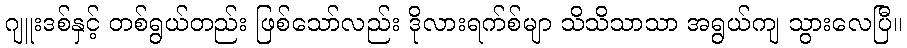
ဂျူးဒစ်နှင့် တစ်ရွယ်တည်း ဖြစ်သော်လည်း ဒိုလားရက်စ်မျာ သိသိသာသာ အရွယ်ကျ သွားလေပြီ။